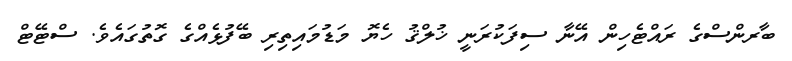
ބާރންސްގެ ރައްޓެހިން އޭނާ ސިފަކުރަނީ ޚުލްޤު ހެޔޮ މަޑުމައިތިރި ބޭފުޅެއްގެ ގޮތުގައެވެ. ސްޓޭޓް